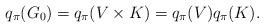
LaTeX: \begin{align*}q_\pi(G_0)=q_\pi(V\times K)=q_\pi(V)q_\pi(K). \end{align*}